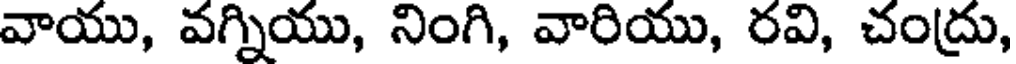
వాయు, వగ్నియు, నింగి, వారియు, రవి, చంద్రు,